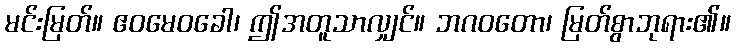
မင်းမြတ်။ ဧဝမေဝခေါ၊ ဤအတူသာလျှင်။ ဘဂဝတော၊ မြတ်စွာဘုရား၏။